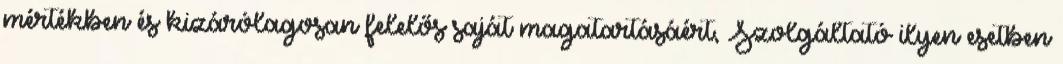
mértékben és kizárólagosan felelős saját magatartásáért, Szolgáltató ilyen esetben